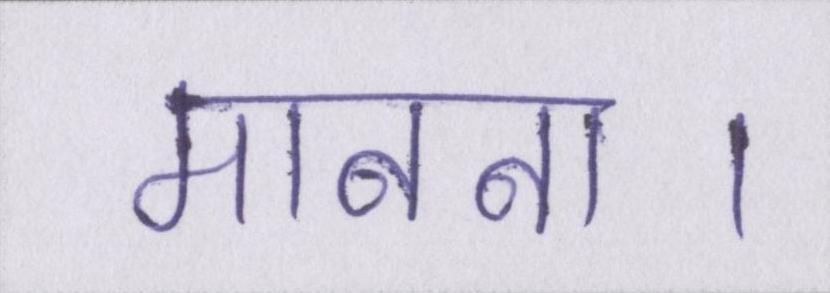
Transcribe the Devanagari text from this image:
मानना।